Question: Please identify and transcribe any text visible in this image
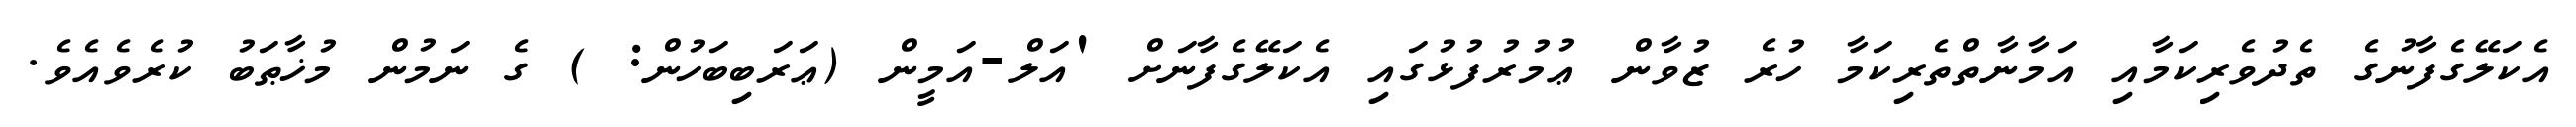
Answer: އެކަލޭގެފާނުގެ ތެދުވެރިކަމާއި އަމާނާތްތެރިކަމާ ހުރެ ޒުވާން ޢުމުރުފުޅުގައި އެކަލޭގެފާނަށް 'އަލް-އަމީން (ޢަރަބިބަހުން: ) ގެ ނަމުން މުޚާޠަބު ކުރެވެއެވެ.